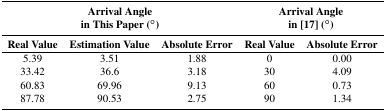
<table><thead><tr><td colspan="3"><b>Arrival Angle in This Paper (°)</b></td><td colspan="2"><b>Arrival Angle in [17] (°)</b></td></tr><tr><td><b>Real Value</b></td><td><b>Estimation Value</b></td><td><b>Absolute Error</b></td><td><b>Real Value</b></td><td><b>Absolute Error</b></td></tr></thead><tbody><tr><td>5.39</td><td>3.51</td><td>1.88</td><td>0</td><td>0.00</td></tr><tr><td>33.42</td><td>36.6</td><td>3.18</td><td>30</td><td>4.09</td></tr><tr><td>60.83</td><td>69.96</td><td>9.13</td><td>60</td><td>0.73</td></tr><tr><td>87.78</td><td>90.53</td><td>2.75</td><td>90</td><td>1.34</td></tr></tbody></table>